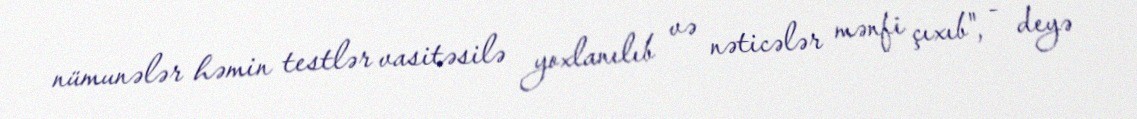
nümunələr həmin testlər vasitəsilə yoxlanılıb və nəticələr mənfi çıxıb", - deyə